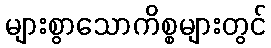
များစွာသောကိစ္စများတွင်